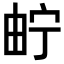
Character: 𤱤